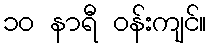
၁၀ နာရီ ဝန်းကျင်။